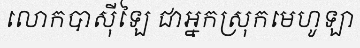
លោកបាស៊ីឡៃ ជាអ្នកស្រុកមេហូឡា